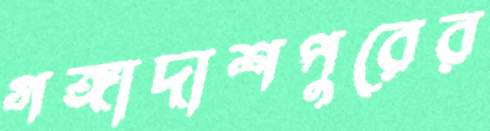
গঙ্গাদাশপুরের